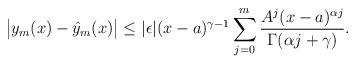
LaTeX: \begin{align*}\big|{y}_{m}(x)-\hat{y}_{m}(x)\big|\leq|{\epsilon}|(x-a)^{\gamma-1}\sum_{j=0}^{m}\frac{A^j(x-a)^{\alpha{j}}}{\Gamma(\alpha{j}+\gamma)}.\end{align*}